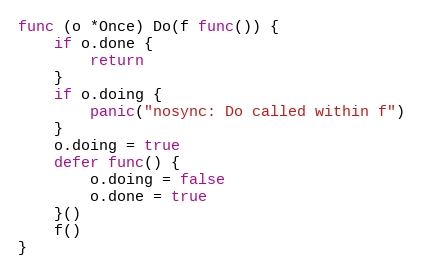
Language: Go
func (o *Once) Do(f func()) {
	if o.done {
		return
	}
	if o.doing {
		panic("nosync: Do called within f")
	}
	o.doing = true
	defer func() {
		o.doing = false
		o.done = true
	}()
	f()
}